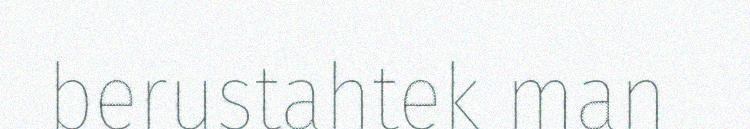
berustahtek man